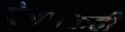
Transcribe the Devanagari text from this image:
देशभक्तही